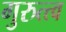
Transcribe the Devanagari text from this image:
गुरुत्त्व